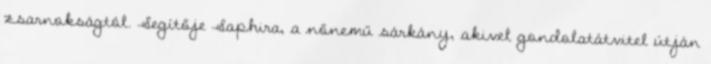
zsarnokságtól. Segítője Saphira, a nőnemű sárkány, akivel gondolatátvitel útján